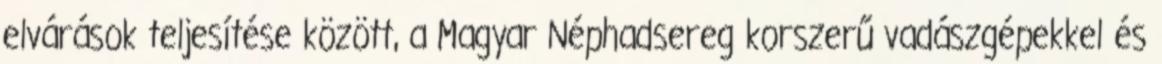
elvárások teljesítése között, a Magyar Néphadsereg korszerű vadászgépekkel és